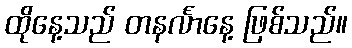
ထိုနေ့သည် တနင်္လာနေ့ ဖြစ်သည်။